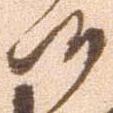
候